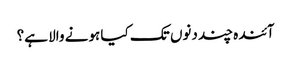
آئندہ چند دنوں تک کیا ہونے والا ہے؟